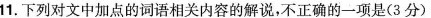
11.下列对文中加点的词语相关内容的解说,不正确的一项是(3 分)